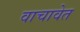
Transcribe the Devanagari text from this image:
वाचावेत